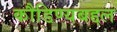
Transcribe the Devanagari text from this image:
कौडिण्यबद्दल